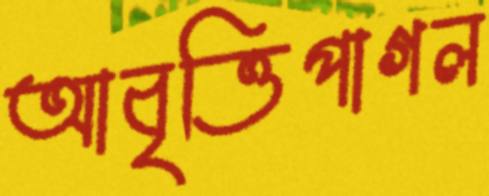
আবৃত্তিপাগল